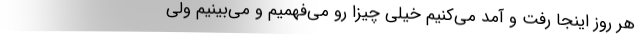
هر روز اینجا رفت و آمد می‌کنیم خیلی چیزا رو می‌فهمیم و می‌بینیم ولی